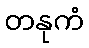
တနုကံ